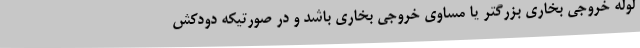
لوله خروجی بخاری بزرگتر یا مساوی خروجی بخاری باشد و در صورتیکه دودکش